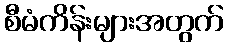
စီမံကိန်းများအတွက်